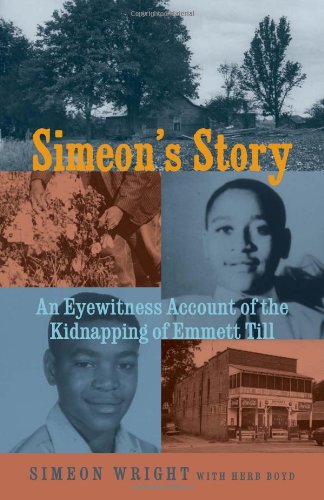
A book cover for Simeon's Story: An Eyewitness Account of the Kidnapping of Emmett Till; Simeon Wright; Teen & Young Adult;